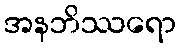
အနဘိဿရော